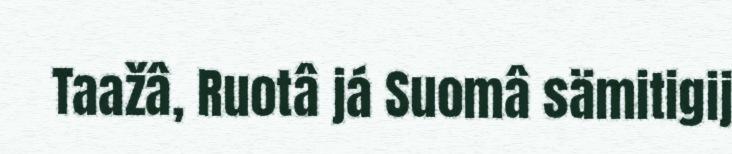
Taažâ, Ruotâ já Suomâ sämitigij